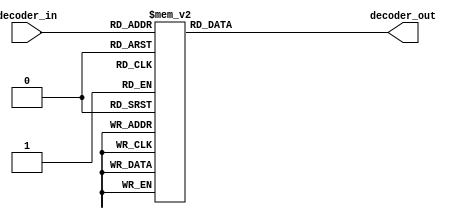
module decoder(decoder_in,decoder_out);

	input [3:0] decoder_in;
	output reg[7:0] decoder_out;

	always @ *
	begin

		case(decoder_in)
			4'b0000: decoder_out<=8'b11000000;  //0
			4'b0001: decoder_out<=8'b11111001;  //1
			4'b0010: decoder_out<=8'b10100100;  //2
			4'b0011: decoder_out<=8'b10110000;  //3
			4'b0100: decoder_out<=8'b10011001;  //4
			4'b0101: decoder_out<=8'b10010010;  //5
			4'b0110: decoder_out<=8'b10000011;  //6
			4'b0111: decoder_out<=8'b11111000;  //7
			4'b1000: decoder_out<=8'b10000000;  //8
			4'b1001: decoder_out<=8'b10011000;  //9
			default: decoder_out<=8'b11000000;  //default 
		endcase 
	end 


endmodule